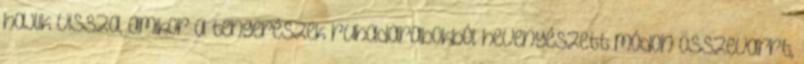
hajlik vissza, amikor a tengerészek ruhadarabokból hevenyészett módon összevarrt,